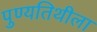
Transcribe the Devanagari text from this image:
पुण्यतिथीला